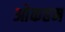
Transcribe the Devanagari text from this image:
ओकहम